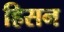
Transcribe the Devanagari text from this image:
हिसन